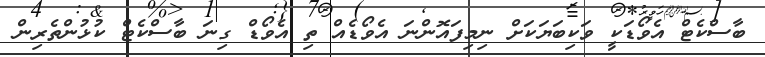
ބާސްކެޓް އެވޯޑަކީ ވަކިބަަޔަކަށް ނިމިފައޮންނަ އެވޯޑެއް ތި އެވޯޑް ގިނަ ބާސްކެޓް ކުޅުންތެރިން